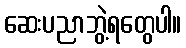
ဆေးပညာဘွဲ့ရတွေပါ။